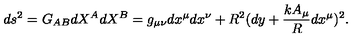
d s ^ { 2 } = G _ { A B } { d X ^ { A } } { d X ^ { B } } = g _ { \mu \nu } d x ^ { \mu } d x ^ { \nu } + R ^ { 2 } ( d y + \frac { k A _ { \mu } } { R } d x ^ { \mu } ) ^ { 2 } .